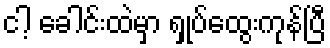
ငါ့ ခေါင်းထဲမှာ ရှုပ်ထွေးကုန်ပြီ